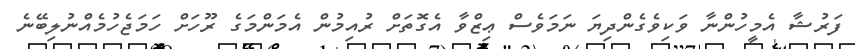
ފަރުޝާ އެމީހުންނާ ވަކިވެގެންދިޔަ ނަމަވެސް ޢިޒްވާ އެގޮތަށް ރުއިމުން އެމަންމަގެ ރޫހަށް ހަމަޖެހުމެއްނުލިބޭނެ